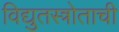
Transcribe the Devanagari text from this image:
विद्युतस्त्रोताची